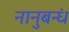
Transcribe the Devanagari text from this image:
नानुबन्धं